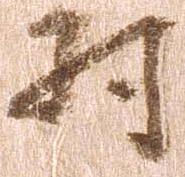
村